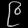
Digit: ၉